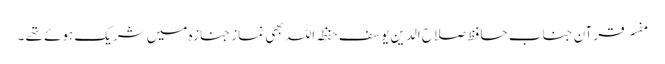
مفسر قرآن جناب حافظ صلاح الدین یوسف حفظہ اللہ بھی نماز جنازہ میں شریک ہوئے تھے ۔